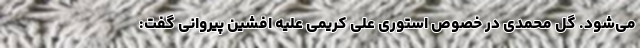
می‌شود. گل محمدی در خصوص استوری علی کریمی علیه افشین پیروانی گفت: